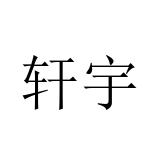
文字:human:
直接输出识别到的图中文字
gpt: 轩宇